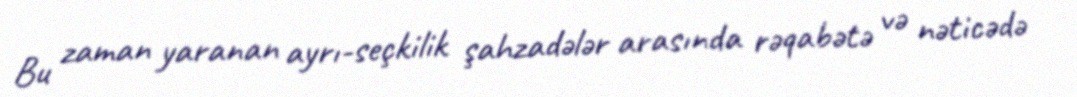
Bu zaman yaranan ayrı-seçkilik şahzadələr arasında rəqabətə və nəticədə